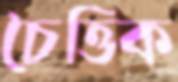
চৈত্তিক